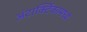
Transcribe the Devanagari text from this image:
अंटार्क्टिकामध्ये